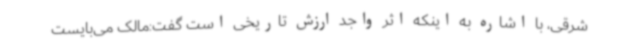
‌شرقی، با اشاره به اینکه اثر واجد ارزش تاریخی است گفت:مالک می‌بایست